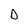
Character: D